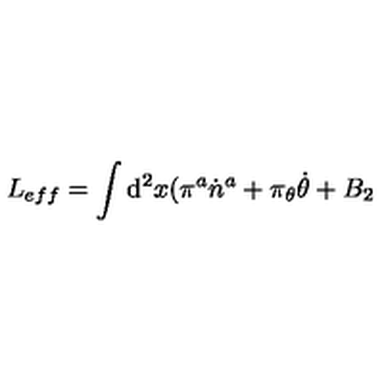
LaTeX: L _ { e f f } = \int \mathrm { d } ^ { 2 } x ( \pi ^ { a } \dot { n } ^ { a } + \pi _ { \theta } \dot { \theta } + B _ { 2 }